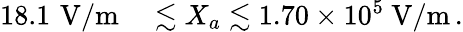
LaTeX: \begin{array}{rl}{18.1\, \, \mathrm{V/m}}&{{}\lesssim X_{a}\lesssim 1.70\times 10^{5}\ \mathrm{V/m}\, .}\end{array}